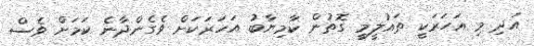
އަދި މި އަހަރަކީ ތައުލީމީ ގޮތުން ކާމިޔާބު އަހަރަކަށް ވެގެންދާނެ ކަމަށް ވެސް